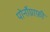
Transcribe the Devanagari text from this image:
पोर्नोग्राफ़ी